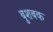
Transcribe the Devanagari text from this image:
बुशबक